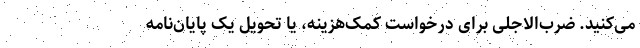
می‌کنید. ضرب‌الاجلی برای درخواست کمک‌هزینه، یا تحویل یک پایان‌نامه